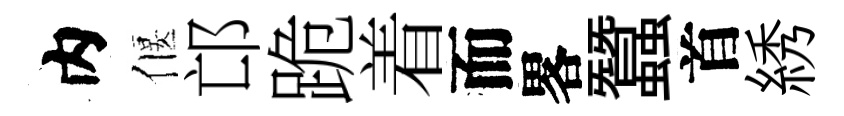
内偃邙跪着而畧蠶首綉